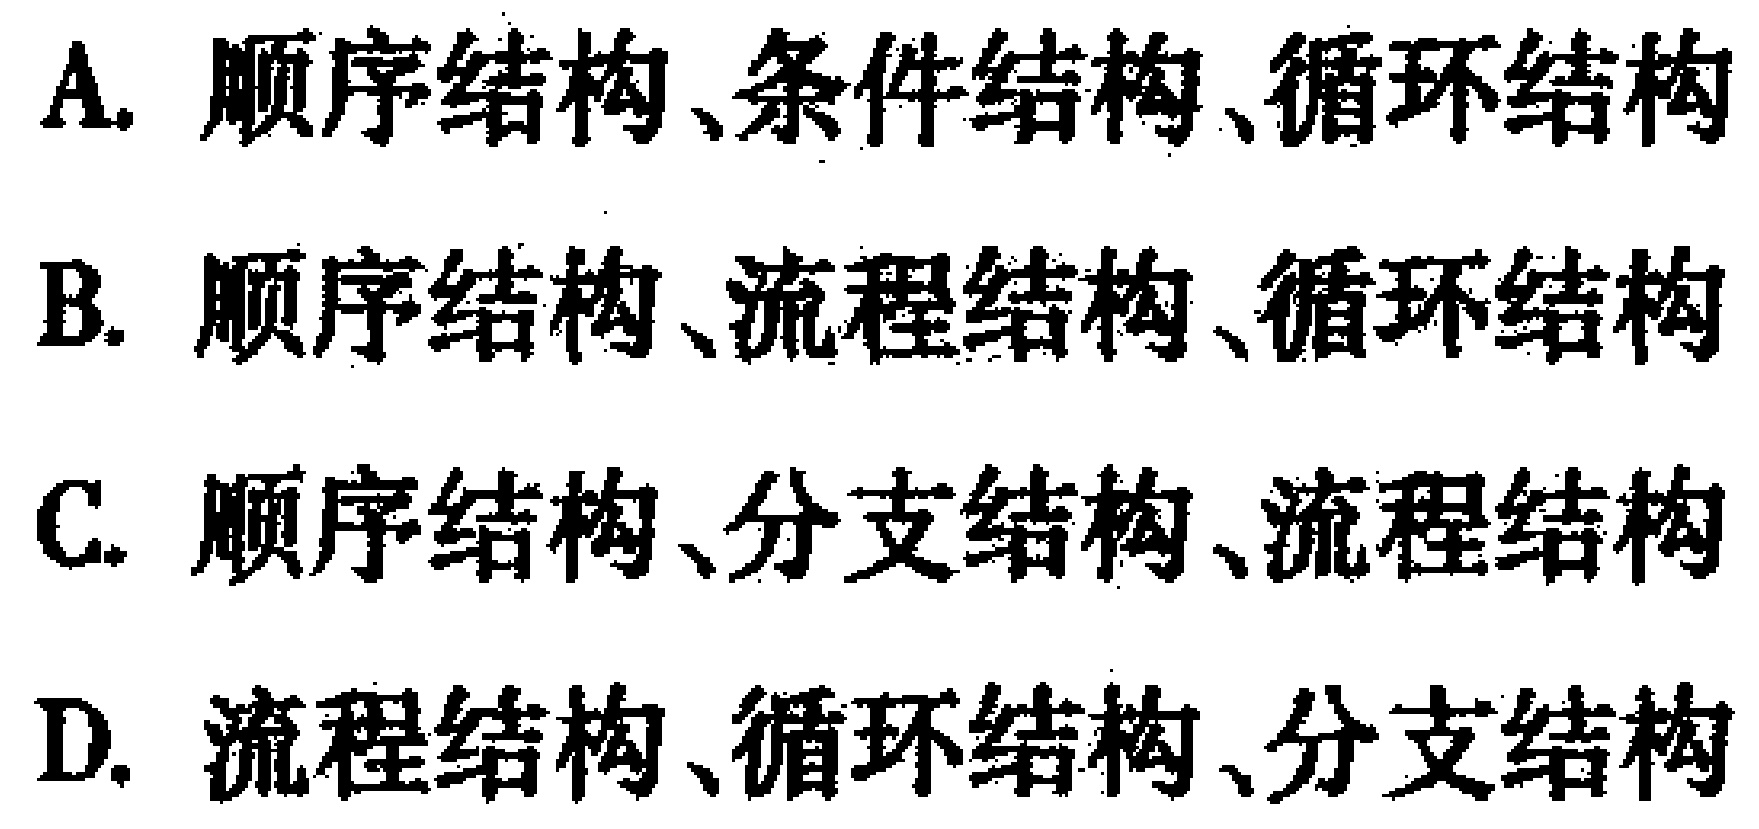
A. 顺序结构、条件结构、循环结构
B. 顺序结构、流程结构、循环结构
C. 顺序结构、分支结构、流程结构
D. 流程结构、循环结构、分支结构